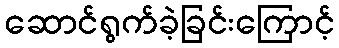
ဆောင်ရွက်ခဲ့ခြင်းကြောင့်